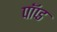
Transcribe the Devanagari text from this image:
पॉप्ड